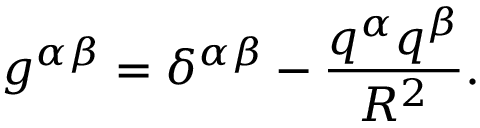
g ^ { \alpha \beta } = \delta ^ { \alpha \beta } - \frac { q ^ { \alpha } q ^ { \beta } } { R ^ { 2 } } .